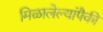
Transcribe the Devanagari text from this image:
मिळालेल्यांपैकी